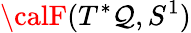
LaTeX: {\calF}(T^{*}\mathcal{Q},S^{1})